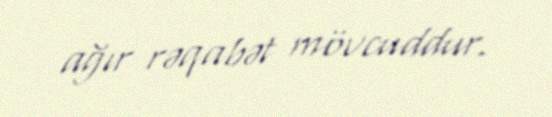
ağır rəqabət mövcuddur.